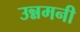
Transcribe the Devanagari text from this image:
उन्नमनी